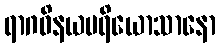
ရာဂဝိနယပရိယောသာနော